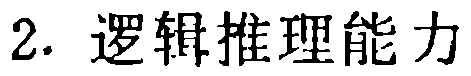
2. 逻辑推理能力